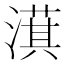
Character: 𣾁